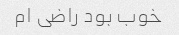
خوب بود راضی ام